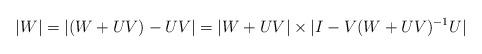
LaTeX: \begin{align*}|W|=|(W+UV)-UV|=|W+UV|\times|I-V(W+UV)^{-1}U|\end{align*}